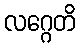
လဂ္ဂေတိ